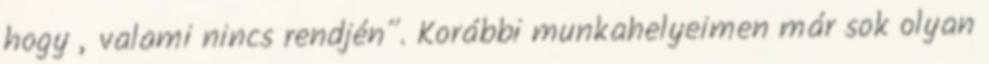
hogy „valami nincs rendjén”. Korábbi munkahelyeimen már sok olyan